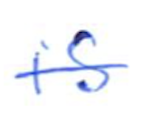
Text: is
Cross-out: single-line
Writing tool: ballpoint